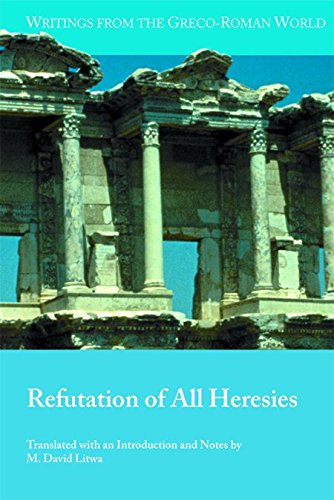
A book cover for Refutation of All Heresies (Writings from the Greco-Roman World); M. David Litwa; Christian Books & Bibles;